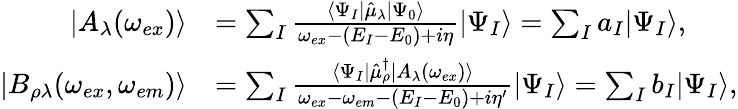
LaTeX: \begin{array}{rl}{|A_{\lambda}(\omega_{ex})\rangle}&{=\sum_{I}\frac{\langle\Psi_{I}|\hat{\mu}_{\lambda}|\Psi_{0}\rangle}{\omega_{ex}-(E_{I}-E_{0})+i\eta}|\Psi_{I}\rangle=\sum_{I}a_{I}|\Psi_{I}\rangle,}\\ {|B_{\rho\lambda}(\omega_{ex},\omega_{em})\rangle}&{=\sum_{I}\frac{\langle\Psi_{I}|\hat{\mu}_{\rho}^{\dagger}|A_{\lambda}(\omega_{ex})\rangle}{\omega_{ex}-\omega_{em}-(E_{I}-E_{0})+i\eta^{\prime}}|\Psi_{I}\rangle=\sum_{I}b_{I}|\Psi_{I}\rangle,}\end{array}